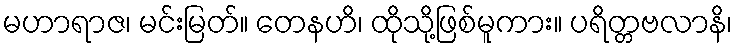
မဟာရာဇ၊ မင်းမြတ်။ တေနဟိ၊ ထိုသို့ဖြစ်မူကား။ ပရိတ္တဗလာနိ၊